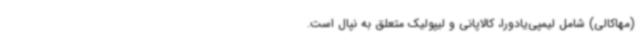
(مهاکالی) شامل لیمپی‌یادورا،‌ کالاپانی و لیپولیک متعلق به نپال است.